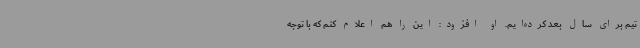
تیم برای سال بعد کرده‌ایم. او افزود: این را هم اعلام کنم که با توجه